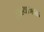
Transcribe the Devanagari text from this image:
तळ्याजवळ